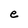
Character: e